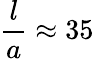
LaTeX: \frac{l}{a}\approx 35